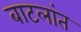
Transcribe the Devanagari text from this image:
बाटलांत